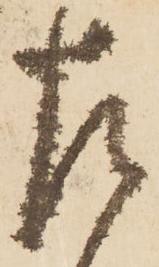
乍